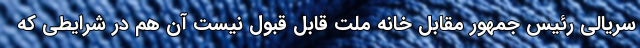
سریالی رئیس جمهور مقابل خانه ملت قابل قبول نیست آن هم در شرایطی که